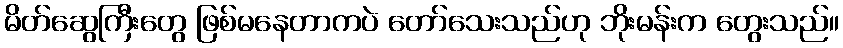
မိတ်ဆွေကြီးတွေ ဖြစ်မနေတာကပဲ တော်သေးသည်ဟု ဘိုးမန်းက တွေးသည်။